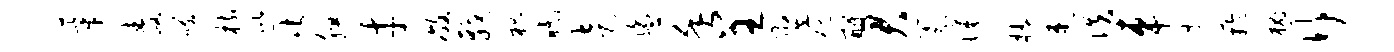
莘毒笑枋巡此腮才敝戟枳眠走盥堇呈翌碗酹君篆淹楔速佚车洗芋槐行